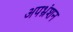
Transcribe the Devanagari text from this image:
अपभ्रंशन